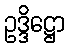
ဥဒ္ဒိဋ္ဌော